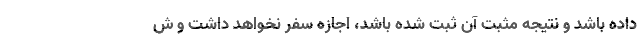
داده باشد و نتیجه مثبت آن ثبت شده باشد، اجازه سفر نخواهد داشت و ش